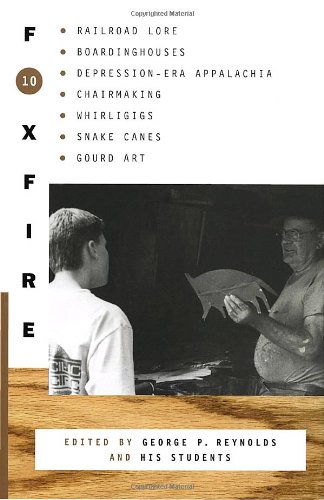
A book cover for Foxfire 10; Inc. Foxfire Fund; Literature & Fiction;